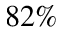
8 2 \%